Report of the Indian Hemp Drugs Commission, 1894-1895 - Volume IV
Year: 1894
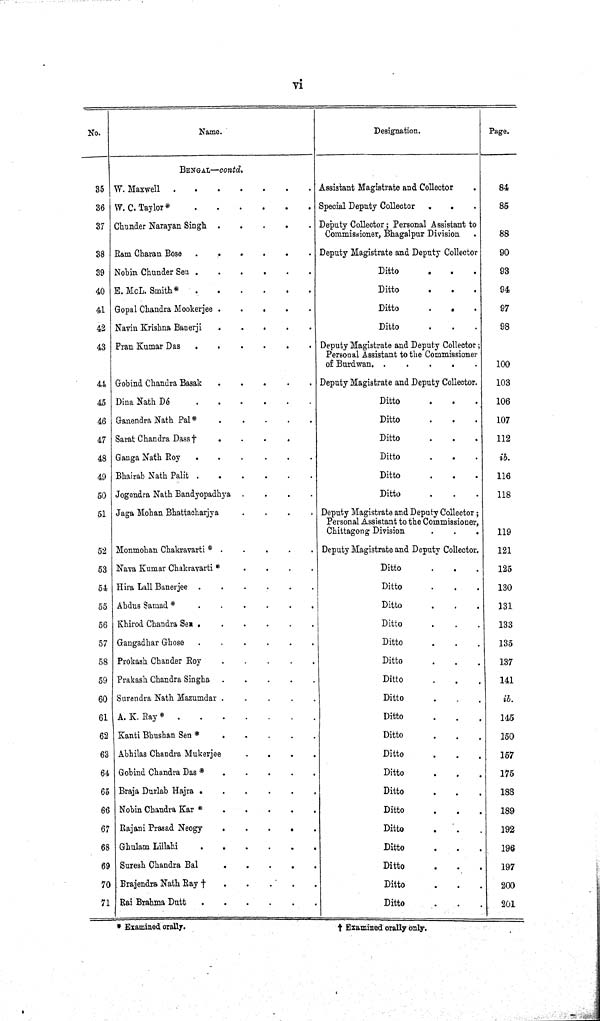
vi
No.
Name.
Designation.
Page.
BENGAL—contd.
35 W. Maxwell
Assistant Magistrate and Collector
84
36 W.C.Taylor*
Special Deputy Collector
85
37 Chunder Narayan Singh
Deputy Collector; Personal Assistant to
Commissioner, Bhagalpur Division
88
38 Ram Charan Bose
Deputy Magistrate and Deputy Collector
90
39 Nobin Chunder Sen
Ditto
93
40 E. McL. Smith*
Ditto
94
41 Gopal Chandra Mookerjee
Ditto
97
42 Navin Krishna Banerji
Ditto
98
43 Pran Kumar Das
Deputy Magistrate and Deputy Collector;
Personal Assistant to the Commissioner
of
Burdwan.
100
44 Gobind Chandra Basak
Deputy Magistrate and Deputy Collector.
103
45 Dina Nath
Dé
Ditto
106
46 Ganendra Nath Pal *
Ditto
107
47 Sarat Chandra Dass †
Ditto
112
48 Ganga Nath Roy
Ditto
ib.
49 Bhairab Nath Palit
Ditto
116
50 Jogendra Nath Bandyopadhya
Ditto
118
51 Jaga Mohan Bhattacharjya
Deputy Magistrate and Deputy Collector;
Personal Assistant to the Commissioner,
Chittagong Division
119
52 Monmohan Chakravarti *
Deputy Magistrate and Deputy Collector.
121
53 Nava Kumar Chakravarti *
Ditto
125
54 Hira Lall Banerjee
Ditto
130
55 Abdus Samad *
Ditto
131
56 Khirod Chandra
Sen
Ditto
133
57 Gangadhar Ghose
Ditto
135
58 Prokash Chander Roy
Ditto
137
59 Prakash Chandra Singha
Ditto
141
60 Surendra Nath Mazumdar
Ditto
ib.
61 A. K. Ray *
Ditto
145
62 Kanti Bhushan Sen *
Ditto
150
63 Abhilas Chandra Mukerjee
Ditto
157
64 Gobind Chandra Das *
Ditto
175
65 Braja Durlab Hajra
Ditto
188
66 Nobin Chandra Kar *
Ditto
189
67 Rajani Prasad Neogy
Ditto
192
68 Ghulam Lillahi
Ditto
196
69 Suresh Chandra Bal
Ditto
197
70 Brajendra Nath Ray †
Ditto
200
71 Rai Brahma Dutt
Ditto
201
* Examined
orally.
†
Examined orally only.